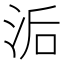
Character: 洉